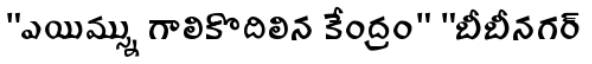
"ఎయిమ్స్ను గాలికొదిలిన కేంద్రం" "బీబీనగర్